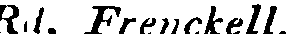
Rd. Frenckell.